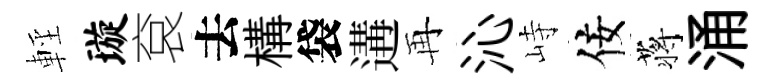
輕璇袞去構袋遘再沁峙佞蒋涌